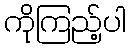
ကိုကြည့်ပါ